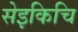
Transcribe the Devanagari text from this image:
सेइकिचि